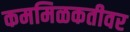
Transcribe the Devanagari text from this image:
कममिळकतीवर